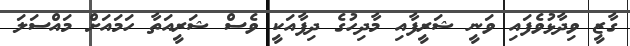
ގާޒީ ވިދާޅުވެފައި ވަނީ ޝަރީފާއި މާދިހުގެ ދިފާއަކީ ވެސް ޝަރީއަތާ ހަމައަށް މައްސަލަ